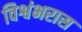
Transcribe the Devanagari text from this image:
विश्वंभरास